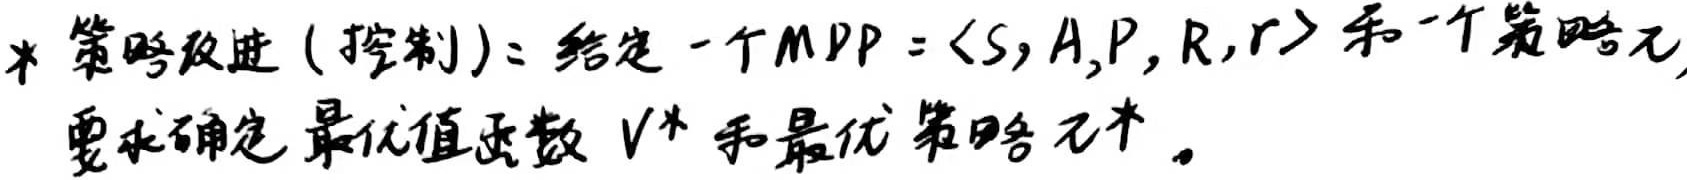
* 策略改进（控制）：给定一个 MDP = $\langle S, A, P, R, r \rangle$ 和一个策略 $\pi$，要求确定最优值函数 $V^*$ 和最优策略 $\pi^*$。